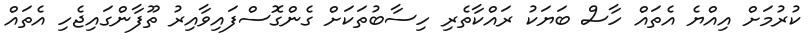
ކުރުމަށް އިއްޔެ އެތައް ހާސް ބަޔަކު ރައްކާތެރި ހިސާބުތަކަށް ގެންގޮސްފައިވާއިރު ތޫފާންގައިޖެހި އެތައް